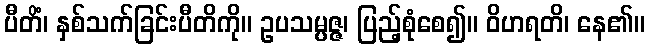
ပီတိံ၊ နှစ်သက်ခြင်းပီတိကို။ ဥပသမ္ပဇ္ဇ၊ ပြည့်စုံစေ၍။ ဝိဟရတိ၊ နေ၏။